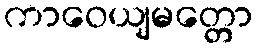
ကာဝေယျမတ္တော